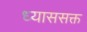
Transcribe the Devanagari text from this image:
ध्याससक्त